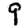
Digit: 9